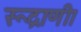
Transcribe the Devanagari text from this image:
रूद्राणी।